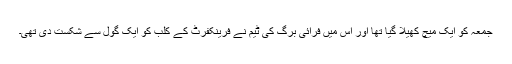
جمعہ کو ایک میچ کھیلا گیا تھا اور اس میں فرائی برگ کی ٹیم نے فرینکفرٹ کے کلب کو ایک گول سے شکست دی تھی۔